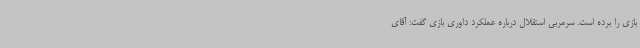
بازی را برده است. سرمربی استقلال درباره عملکرد داوری بازی گفت: آقای